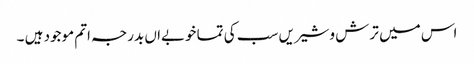
اس میں ترش وشیریں سب کی تما خوبےاں بدرجہ اتم موجود ہیں ۔